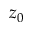
z _ { 0 }